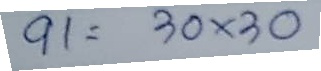
91 = 30 x 30